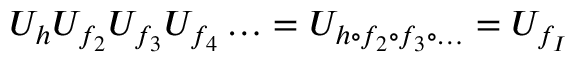
U _ { h } U _ { f _ { 2 } } U _ { f _ { 3 } } U _ { f _ { 4 } } \ldots = U _ { h \circ f _ { 2 } \circ f _ { 3 } \circ \ldots } = U _ { f _ { \cal I } }